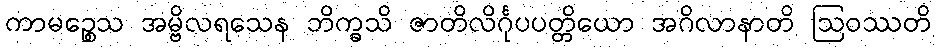
ကာမဉ္စေသ အမ္ဗိလရသေန ဘိက္ခသိ ဇာတိလိင်္ဂုပပတ္တိယော အဂိလာနာတိ ဩဝဿတိ